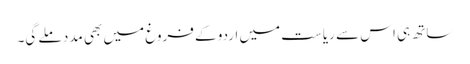
ساتھ ہی اس سے ریاست میں اردو کے فروغ میں بھی مدد ملے گی۔